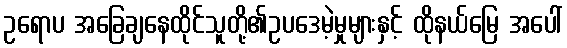
ဥရောပ အခြေချနေထိုင်သူတို့၏ဥပဒေမဲ့မှုများနှင့် ထိုနယ်မြေ အပေါ်